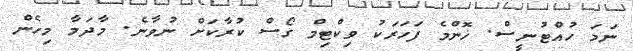
ނަމަ ހުއްޓުނީސް. ޚޮންމެ ފަހަރަކު ވިކްޓިމް ގޯސް ކުރާކަށް ނުވާނެ. މާދަމާ މިހެން